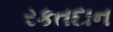
રકતદાન